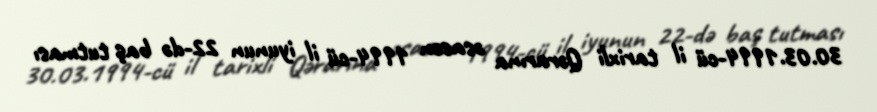
30.03.1994-cü il tarixli Qərarına əsasən 1994-cü il iyunun 22-də baş tutması